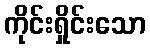
ကိုင်းရှိုင်းသော